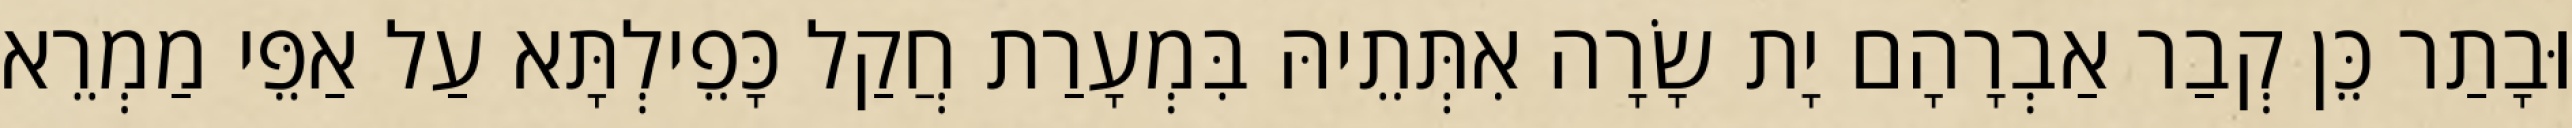
וּבָתַר כֵּן קְבַר אַבְרָהָם יָת שָׂרָה אִתְּתֵיהּ בִּמְעָרַת חֲקַל כָּפֵילְתָּא עַל אַפֵּי מַמְרֵא